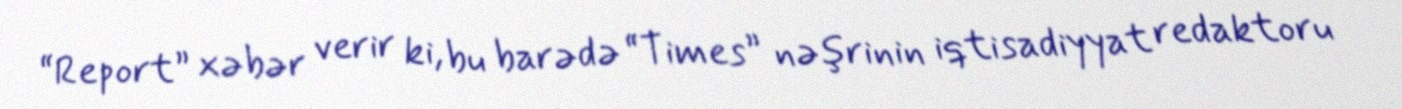
“Report” xəbər verir ki, bu barədə “Times” nəşrinin iqtisadiyyat redaktoru